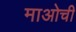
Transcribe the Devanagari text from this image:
माओची